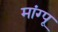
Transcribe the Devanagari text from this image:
मांग्पू